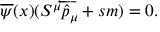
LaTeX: \overline { { \psi } } ( x ) ( S ^ { \mu } \overleftarrow { { \hat { p } } _ { \mu } } + s m ) = 0 .